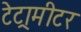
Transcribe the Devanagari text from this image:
टेट्रामीटर